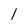
Character: l